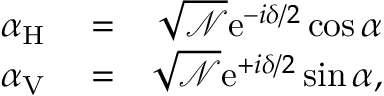
\begin{array} { r l r } { \alpha _ { \mathrm { H } } } & { { } = } & { \sqrt { { \mathcal N } } \mathrm { e } ^ { - i \delta / 2 } \cos \alpha } \\ { \alpha _ { \mathrm { V } } } & { { } = } & { \sqrt { { \mathcal N } } \mathrm { e } ^ { + i \delta / 2 } \sin \alpha , } \end{array}